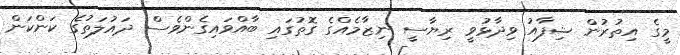
މީގެ އިތުރުން ޝިފާއު ވިދާޅުވީ ރިޔާސީ ނިޒާމެއްގެ ގޮތުގައި ބާއްވައިގެންވެސް ދައުލަތުގެ ކަންކަން